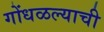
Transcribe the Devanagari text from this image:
गोंधळल्याची